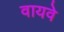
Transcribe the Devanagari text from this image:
वायवे